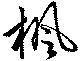
楓